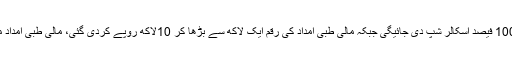
اجلاس میں فیصلہ کیا گیا 65 فیصد یا زائد نمبرحاصل کرنے پر 100 فیصد اسکالر شپ دی جائیگی جبکہ مالی طبی امداد کی رقم ایک لاکھ سے بڑھا کر 10لاکھ روپے کردی گئی، مالی طبی امداد موذی بیماریوں کے علاج معالجے کی صورت میں دی جائے گی۔